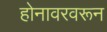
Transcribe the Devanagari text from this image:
होनावरवरून